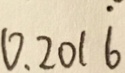
0 . 2 0 1 \dot { 6 }